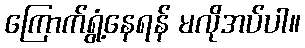
ကြောက်ရွံ့နေရန် မလိုအပ်ပါ။